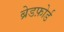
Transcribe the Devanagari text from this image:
ब्रेडफ़ोर्ड